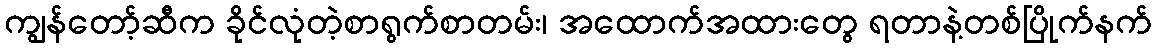
ကျွန်တော့်ဆီက ခိုင်လုံတဲ့စာရွက်စာတမ်း၊ အထောက်အထားတွေ ရတာနဲ့တစ်ပြိုက်နက်